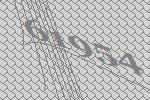
61954